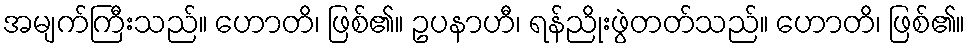
အမျက်ကြီးသည်။ ဟောတိ၊ ဖြစ်၏။ ဥပနာဟီ၊ ရန်ညိုးဖွဲတတ်သည်။ ဟောတိ၊ ဖြစ်၏။